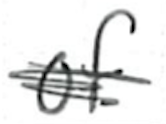
Text: of
Cross-out: scratch
Writing tool: ballpoint